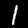
Digit: 1